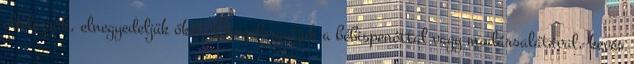
elfelezzük, elnegyedeljük őket. Összeforgatjuk a bébispenóttal vagy madársalátával, kevés